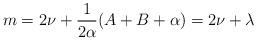
LaTeX: \begin{align*}m=2\nu +\frac{1}{2\alpha }(A+B+\alpha )=2\nu +\lambda\end{align*}